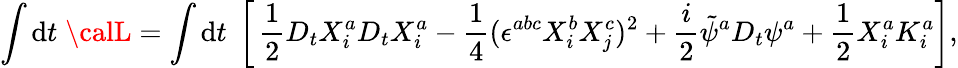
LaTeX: \int\mathrm{d}t\; {\calL}=\int\mathrm{d}t\; \left[\, \frac{{1}}{{2}}D_{t}X_{i}^{a}D_{t}X_{i}^{a}-\frac{{1}}{{4}}(\epsilon^{abc}X_{i}^{b}X_{j}^{c})^{2}+\frac{{i}}{{2}}\tilde{{\psi}}^{a}D_{t}\psi^{a}+\frac{{1}}{{2}}X_{i}^{a}K_{i}^{a}\right],